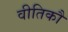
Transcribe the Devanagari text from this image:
वीतिकौ